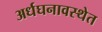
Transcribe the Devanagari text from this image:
अर्धघनावस्थेत